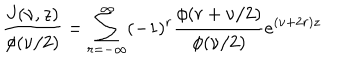
\frac { J ( \nu , z ) } { \phi ( \nu / 2 ) } = \sum _ { r = - \infty } ^ { \infty } ( - 1 ) ^ { r } \frac { \phi ( r + \nu / 2 ) } { \phi ( \nu / 2 ) } e ^ { ( \nu + 2 r ) z }